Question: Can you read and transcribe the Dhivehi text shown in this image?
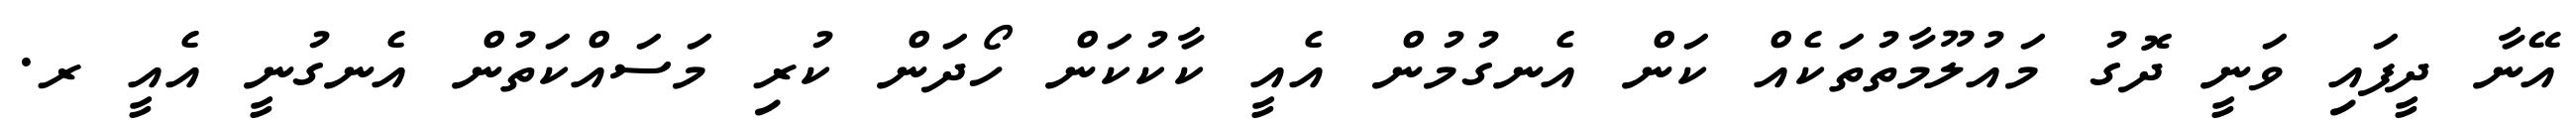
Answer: އޭނާ ދީފައި ވަނީ ދޮގު މައުލޫމާތުތަކެއް ކަން އެނގުމުން އެއީ ކާކުކަން ހޯދަން ކުރި މަސައްކަތުން އެނގުނީ އެއީ ރ.